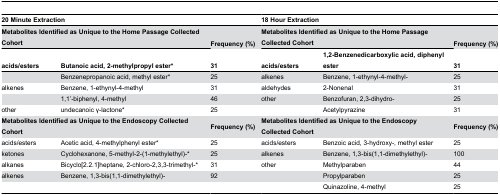
<table><thead><tr><td colspan="3"><b>20 Minute Extraction</b></td><td colspan="3"><b>18 Hour Extraction</b></td></tr><tr><td colspan="2"><b>Metabolites Identified as Unique to the Home Passage Collected Cohort</b></td><td><b>Frequency (%)</b></td><td colspan="2"><b>Metabolites Identified as Unique to the Home Passage Collected Cohort</b></td><td><b>Frequency (%)</b></td></tr><tr><td><b>acids/esters</b></td><td><b>Butanoic acid, 2-methylpropyl ester*</b></td><td><b>31</b></td><td><b>acids/esters</b></td><td><b>1,2-Benzenedicarboxylic acid, diphenyl ester</b></td><td><b>31</b></td></tr></thead><tbody><tr><td></td><td>Benzenepropanoic acid, methyl ester*</td><td>25</td><td>alkenes</td><td>Benzene, 1-ethynyl-4-methyl-</td><td>25</td></tr><tr><td>alkenes</td><td>Benzene, 1-ethynyl-4-methyl</td><td>31</td><td>aldehydes</td><td>2-Nonenal</td><td>31</td></tr><tr><td></td><td>1,1’-biphenyl, 4-methyl</td><td>46</td><td>other</td><td>Benzofuran, 2,3-dihydro-</td><td>25</td></tr><tr><td>other</td><td>undecanoic γ-lactone*</td><td>25</td><td></td><td>Acetylpyrazine</td><td>31</td></tr><tr><td colspan="2"><b>Metabolites Identified as Unique to the Endoscopy Collected Cohort</b></td><td><b>Frequency (%)</b></td><td colspan="2"><b>Metabolites Identified as Unique to the Endoscopy Collected Cohort</b></td><td><b>Frequency (%)</b></td></tr><tr><td>acids/esters</td><td>Acetic acid, 4-methylphenyl ester*</td><td>25</td><td>acids/esters</td><td>Benzoic acid, 3-hydroxy-, methyl ester</td><td>25</td></tr><tr><td>ketones</td><td>Cyclohexanone, 5-methyl-2-(1-methylethyl)-*</td><td>25</td><td>alkenes</td><td>Benzene, 1,3-bis(1,1-dimethylethyl)-</td><td>100</td></tr><tr><td>alkanes</td><td>Bicyclo[2.2.1]heptane, 2-chloro-2,3,3-trimethyl-*</td><td>31</td><td>other</td><td>Methylparaben</td><td>44</td></tr><tr><td>alkenes</td><td>Benzene, 1,3-bis(1,1-dimethylethyl)-</td><td>92</td><td></td><td>Propylparaben</td><td>25</td></tr><tr><td></td><td></td><td></td><td></td><td>Quinazoline, 4-methyl</td><td>25</td></tr></tbody></table>